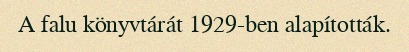
A falu könyvtárát 1929-ben alapították.